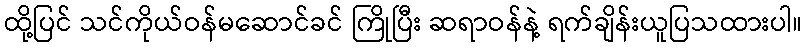
ထို့ပြင် သင်ကိုယ်ဝန်မဆောင်ခင် ကြိုပြီး ဆရာဝန်နဲ့ ရက်ချိန်းယူပြသထားပါ။